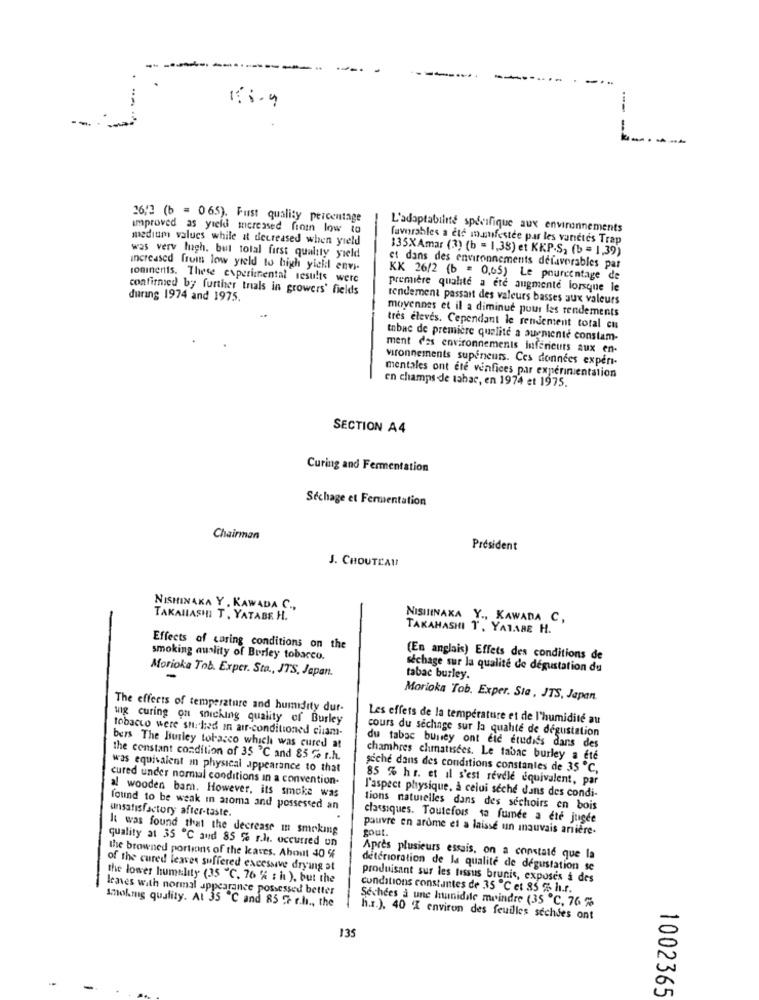
----
5
26/2 (b = 065). Fust quality percentage
improved as yield wereased fiom low to
L'adaptabilité spécifique aux environnements
medium values while a decreased when yield
favorables a eté muufestee par les vanetes Trap
135XAmar (3) (b = 1,38) et KKP.S, (b = 1,39)
was verv hugh. but tolal first quality yield
increased from low yield to high yield envie
et dans des environnements delaverables par
roninents. These experimental results were
KK 26/2 (b = 0,65) Le pourcentage de
confirmed by further trials in growers' fields
première qualite a ete augmente lorsque le
during 1974 and 1975.
rendement passait des valeurs basses aux valeurs
moyennes et il a diminue pour les rendements
très élevés. Cependant le rendement total cu
tobac de première qualite a augmenté constam-
ment des environnements inferieurs aux en-
vironnements supeneuss. Ces données experi-
mentales ont ete venfices par experimentation
en champs -de tabac, en 1974 et 1975.
SECTION A4
Curing and Fermentation
Séchage et Fermentation
Chairman
President
J. CHOUTEAU
NISHINAKA Y , KAWADA C .,
TAKAHASHI T. YATABE H.
NISININAKA Y ., KAWADA C,
TAKAHASHI T, YATABE H.
Effects of caring conditions on the
smoking auality of Berley tobacco.
(En anglais) Effets des conditions de
Morioka Tob. Exper. Sta ., JTS, Japan.
séchage sur la qualité de dégustation du
-
tabac burley.
Morioka Tob. Exper. Sta , JTS, Japan.
The effects of temperature and humidity dur-
wig curing on sniching quality of Burley
Les effets de la température et de l'humidité au
tobacco were studied in air-conditioned ciiam-
cours du séchage sur la qualité de dégustation
bers The Burley tobacco which was cured at
du tabac buniey ont eic etudi's dans des
the constant condition of 35 ℃ and 85 % r.h.
chambres chmatisces. Le tabac burley a été
was equivalent in physical appearance to that
siche dans des conditions constantes de 35 ℃,
cured under normal conditions in a convention-
85 % hr. et il s'est revele equivalent, par
al wooden bam. However, its smoke was
l'aspect physique, à celui seche dans des condi-
unsatisfactory after-taste.
found to be weak in aroma and possessed an
tions naturelles dans des sechoirs en bois
classiques. Toutefois sa fumée a été jugée
It was found that the decrease in smoking
pauvre en arome et a laissé un mauvais arrière-
quality at 35 ℃ aud 85 % r.l. occurred un
gout.
the browned portions of the leaves. About 40 %
Après plusieurs essais, on a constate que la
of the cured leaves suffered excessive drying at
deterioration de la qualité de dégustation se
the lower humility (35 "℃. 76 % ; h ), but the
produisant sur les tissus brunis, exposes a des
leaves with normal appearance possessed better
conditions constantes de 35 ℃ et 85 % h.r.
Séchées à une hunidile moindre (35 ℃, 76 %
Smokmg quality. At 35 ℃ and 85 7 r.h ., the
h.r.). 40 % environ des feuilles sechses ont
135
1002365